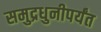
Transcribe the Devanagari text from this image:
समुद्रधुनीपर्यंत